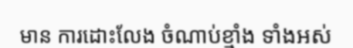
មាន ការដោះលែង ចំណាប់ខ្មាំង ទាំងអស់